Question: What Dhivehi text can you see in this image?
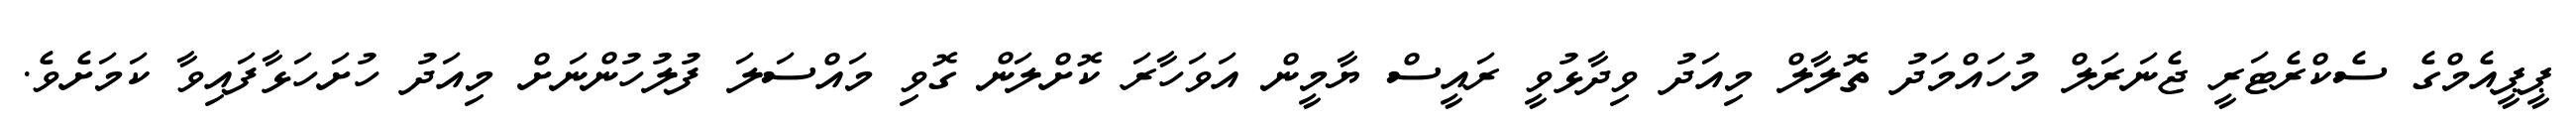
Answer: ޕީޕީއެމްގެ ސެކްރެޓަރީ ޖެނަރަލް މުހައްމަދު ތޮލާލް މިއަދު ވިދާޅުވީ ރައީސް ޔާމީން އަވަހާރަ ކޮށްލަން ގޮވި މައްސަލަ ފުލުހުންނަށް މިއަދު ހުށަހަޅާފައިވާ ކަމަށެވެ.